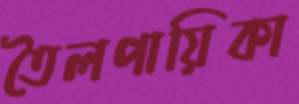
তৈলপায়িকা